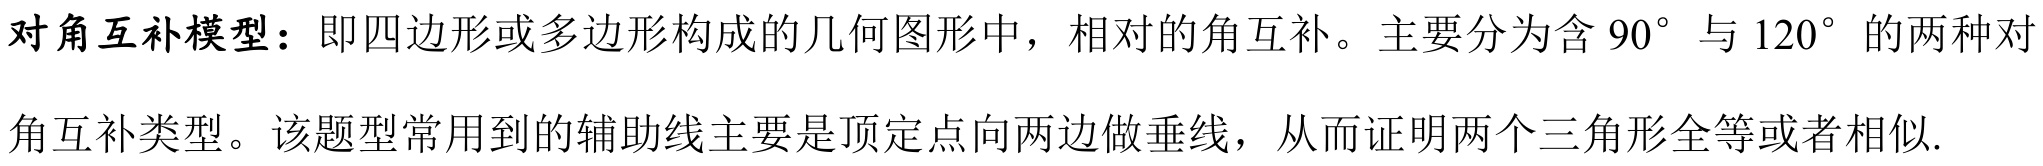
对角互补模型：即四边形或多边形构成的几何图形中，相对的角互补。主要分为含\(90^{\circ}\)与\(120^{\circ}\)的两种对角互补类型。该题型常用到的辅助线主要是顶定点向两边做垂线，从而证明两个三角形全等或者相似.